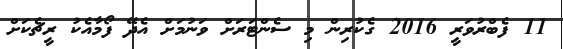
11 ފެބްރުވަރީ 2016 ގެކުރިން މި ސެންޓަރަށް ވަނުމަށް އެދޭ ފޯމާއެކު ރީޗެކަށް